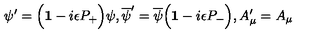
\psi ^ { \prime } = \Big ( { \bf 1 } - i \epsilon P _ { + } \Big ) \psi , { \overline { \psi } } ^ { \prime } = { \overline { \psi } } \Big ( { \bf 1 } - i \epsilon P _ { - } \Big ) , A _ { \mu } ^ { \prime } = A _ { \mu }